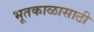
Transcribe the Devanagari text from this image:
भूतकाळासाठी